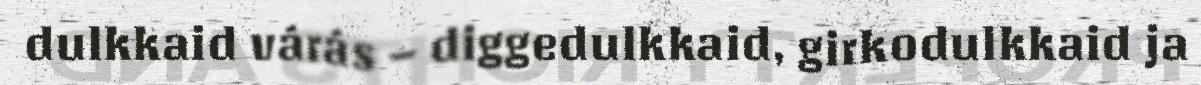
dulkkaid várás – diggedulkkaid, girkodulkkaid ja